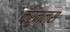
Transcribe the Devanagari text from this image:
कर्नल्‍स